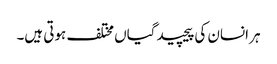
ہر انسان کی پیچیدگیاں مختلف ہوتی ہیں۔